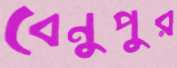
বেনুপুর